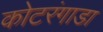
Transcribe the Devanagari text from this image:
कोटरंगाडा